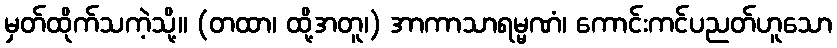
မှတ်ထိုက်သကဲ့သို့။ (တထာ၊ ထို့အတူ၊) အာကာသာရမ္မဏံ၊ ကောင်းကင်ပညတ်ဟူသော